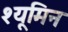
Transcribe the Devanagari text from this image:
श्यूमिन